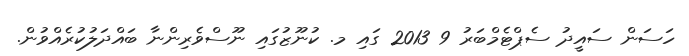
ހަސަން ސައީދު ސެޕްޓެމްބަރު 9 2013 ގައި މ. ކުނޫޒުގައި ނޫސްވެރިންނާ ބައްދަލުކުރެެއްވުން.